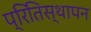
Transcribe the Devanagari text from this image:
प्रितिस्थापन